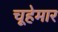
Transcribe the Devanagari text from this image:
चूहेमार